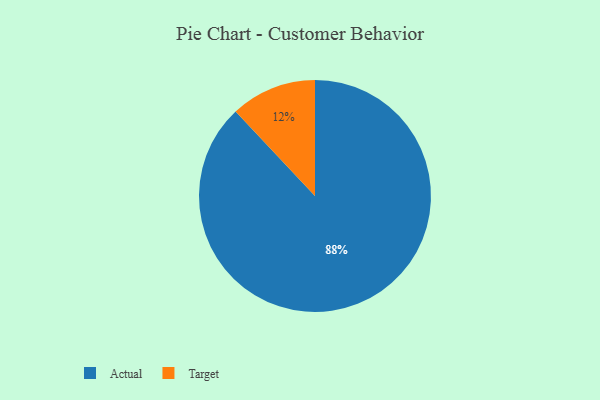
{"axis": {"x": "Category", "y": "Percentage"}, "legend": ["Actual", "Target"], "data": [{"x": "Target", "y": 12, "type": "Target"}, {"x": "Actual", "y": 88, "type": "Actual"}]}